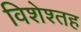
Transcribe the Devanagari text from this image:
विशेश्तह